Regulations for the medical services of the Army of India
Year: 1930
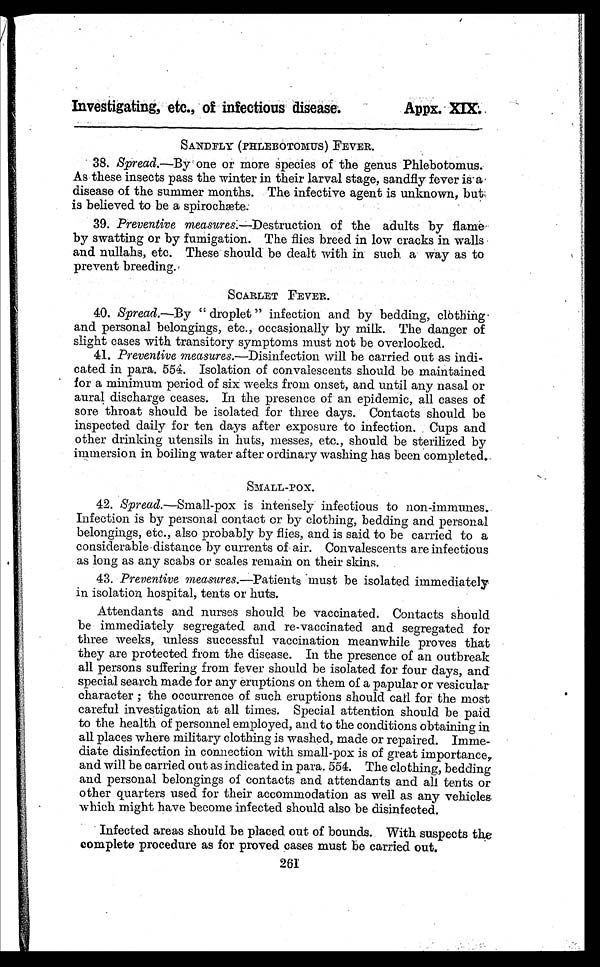
Investigating, etc., of infectious disease:
Appx. XIX.
SANDFLY (PHLEBTOMUS) FEVER.
38.
Spread.—By one or more species of the genus Phlebotomus.
As these insects pass the winter in their larval stage, sandfly fever is-a
disease of the summer months. The infective agent is unknown, but
is believed to be a spirochæte.
39. Preventive measures.—Destruction of the adults by flame
by swatting or by fumigation. The flies breed in low cracks in walls
and nullahs, etc. These should be dealt with in such a way as to
prevent breeding.
40.
SCARLET FEVER.
41. Spread.—By " droplet " infection and by bedding, clothing
and personal belongings, etc., occasionally by milk. The danger of
slight cases with transitory symptoms must not be overlooked.
42. Preventive measures .—Disinfection will be carried out as indi-
cated in para. 554. Isolation of convalescents should be maintained
for a minimum period of six weeks from onset, and until any nasal or
aural discharge ceases. In the presence of an epidemic, all cases of
sore throat should be isolated for three days. Contacts should be
inspected daily for ten days after exposure to infection. Cups and
other drinking utensils in huts, messes, etc., should be sterilized by
immersion in boiling water after ordinary washing has been completed.
SMALL-POX.
43. Spread.—Small-pox is intensely infectious to non-immagses.
Infection is by personal contact or by clothing, bedding and personal
belongings, etc., also probably by flies, and is said to be carried to a
considerable distance by currents of air. Convalescents are infectious
as long as any scabs or scales remain on their skins.
44. Preventive measures .—Patients must be isolated immediately
in isolation hospital, tents or huts.
Attendants and nurses should be vaccinated. Contacts should
be immediately segregated and re-vaccinated and segregated for
three weeks, unless successful vaccination meanwhile proves that
they are protected from the disease. In the presence of an outbreak
all persons suffering from fever should be isolated for four days, and
special search made for any eruptions on them of a papular or vesicular
character; the occurrence of such eruptions should call for the most
careful investigation at all times. Special attention should be paid
to the health of personnel employed, and to the conditions obtaining in
all places where military clothing is washed, made or repaired. Imme
- d i a t e d i s i n f e c t i o n i n c o n n e c t i o n w i t h s m a l l - p o x i s o f g r e a t i m p o r t a n c e ,
and will be carried out as indicated in para. 554. The clothing, bedding
and personal belongings of contacts and attendants and all tents or
other quarters used for their accommodation as well as any vehicles
which might have become infected should also be disinfected.
Infected areas should be placed out of bounds. With suspects the
complete procedure as for proved cases must be carried out.
261